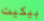
بيكيت